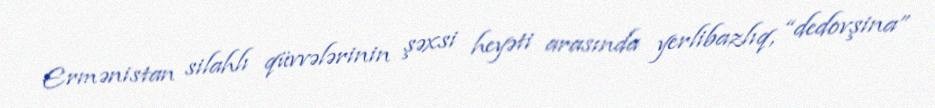
Ermənistan silahlı qüvvələrinin şəxsi heyəti arasında yerlibazlıq, “dedovşina”